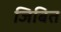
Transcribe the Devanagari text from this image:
जिबित